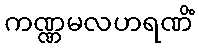
ကဏ္ဏမလဟရဏိံ